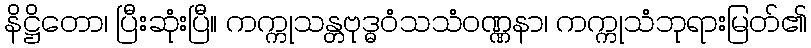
နိဋ္ဌိတော၊ ပြီးဆုံးပြီ။ ကက္ကုသန္တဗုဒ္ဓဝံသသံဝဏ္ဏနာ၊ ကက္ကုသံဘုရားမြတ်၏